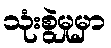
သုံးစွဲမှုမှာ